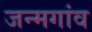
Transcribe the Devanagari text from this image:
जन्मगांव